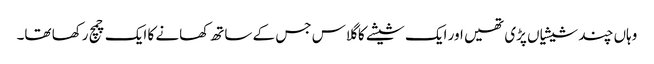
وہاں چند شیشیاں پڑی تھیں اور ایک شیشے کا گلاس جس کے ساتھ کھانے کا ایک چمچ رکھا تھا۔